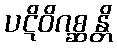
ပဋိဝိဂစ္ဆန္တိ